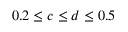
0 . 2 \leq c \leq d \leq 0 . 5